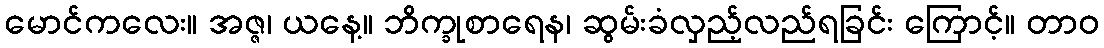
မောင်ကလေး။ အဇ္ဇ၊ ယနေ့။ ဘိက္ခုစာရေန၊ ဆွမ်းခံလှည့်လည်ရခြင်း ကြောင့်။ တာဝ